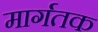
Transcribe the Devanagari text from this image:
मार्गतक